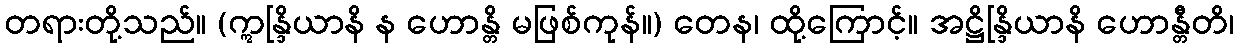
တရားတို့သည်။ (ဣန္ဒြိယာနိ န ဟောန္တိ မဖြစ်ကုန်။) တေန၊ ထို့ကြောင့်။ အဋ္ဌိန္ဒြိယာနိ ဟောန္တီတိ၊